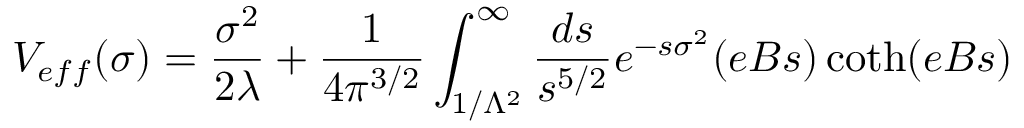
V _ { e f f } ( \sigma ) = { \frac { \sigma ^ { 2 } } { 2 \lambda } } + { \frac { 1 } { 4 \pi ^ { 3 / 2 } } } \int _ { 1 / \Lambda ^ { 2 } } ^ { \infty } { \frac { d s } { s ^ { 5 / 2 } } } e ^ { - s \sigma ^ { 2 } } ( e B s ) \coth ( e B s )